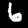
Digit: 6